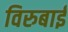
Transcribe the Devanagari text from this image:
विरुबाई